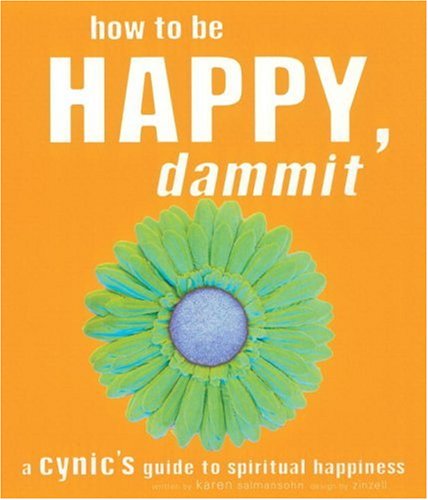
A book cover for How to Be Happy, Dammit: A Cynic's Guide to Spiritual Happiness; Karen Salmansohn; Humor & Entertainment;